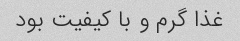
غذا گرم و با کیفیت بود